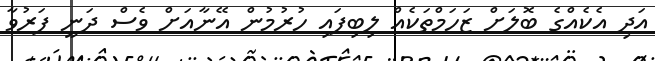
އަދި އެކެއްގެ ބޮލަށް ޒަހަމްތަކެއް ލިބިފައި ހުރުމުން އޭނާއަށް ވެސް ދަނީ ފަރުވާ